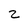
Character: 2